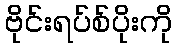
ဗိုင်းရပ်စ်ပိုးကို